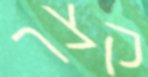
קצר